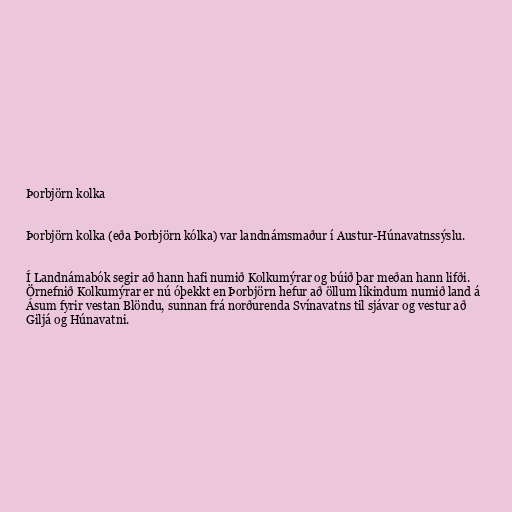
Þorbjörn kolka

Þorbjörn kolka (eða Þorbjörn kólka) var landnámsmaður í Austur-Húnavatnssýslu.

Í Landnámabók segir að hann hafi numið Kolkumýrar og búið þar meðan hann lifði.
Örnefnið Kolkumýrar er nú óþekkt en Þorbjörn hefur að öllum líkindum numið land á
Ásum fyrir vestan Blöndu, sunnan frá norðurenda Svínavatns til sjávar og vestur að
Giljá og Húnavatni.